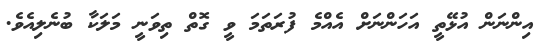
އިންނަން އުޅޭތީ އަހަންނަށް އެއްމެ ފުރަތަމަ ވީ ގޮތް ތިވަނީ މަލަކާ ބުނެލިއެވެ.